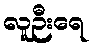
လူဉီးရေ